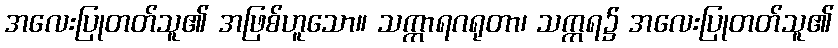
အလေးပြုတတ်သူ၏ အဖြစ်ဟူသော။ သက္ကာရဂရုတာ၊ သက္ကရ၌ အလေးပြုတတ်သူ၏